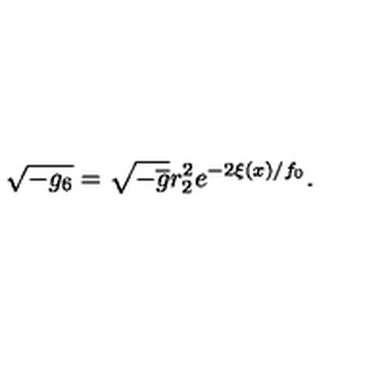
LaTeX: \sqrt { - g _ { 6 } } = \sqrt { - \overline { { g } } } r _ { 2 } ^ { 2 } e ^ { - 2 \xi ( x ) / f _ { 0 } } .